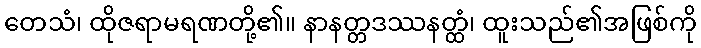
တေသံ၊ ထိုဇရာမရဏတို့၏။ နာနတ္တဒဿနတ္ထံ၊ ထူးသည်၏အဖြစ်ကို